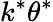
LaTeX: k^{*}\theta^{*}